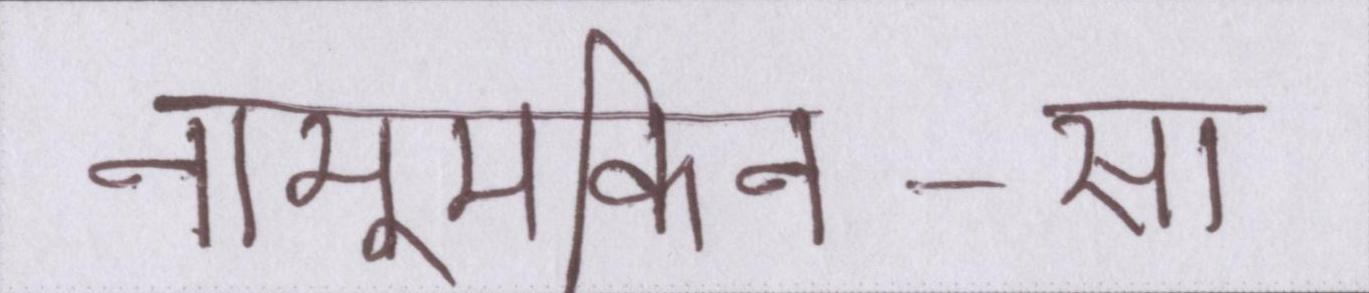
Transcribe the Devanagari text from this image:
नामुमकिन-सा